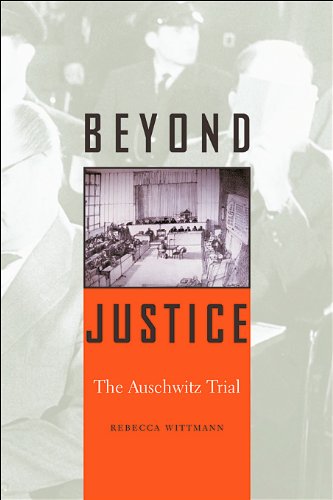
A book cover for Beyond Justice: The Auschwitz Trial; Rebecca Wittmann; Law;